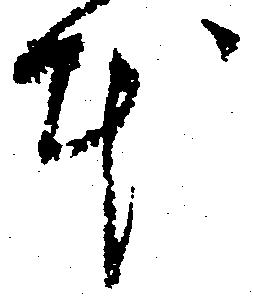
本